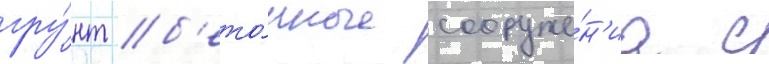
гру́нт б'ето́нные сооруже́н'иа с